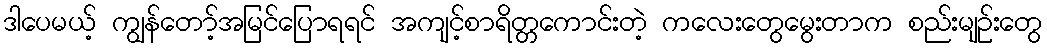
ဒါပေမယ့် ကျွန်တော့်အမြင်ပြောရရင် အကျင့်စာရိတ္တကောင်းတဲ့ ကလေးတွေမွေးတာက စည်းမျဉ်းတွေ